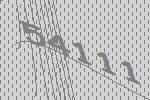
54111